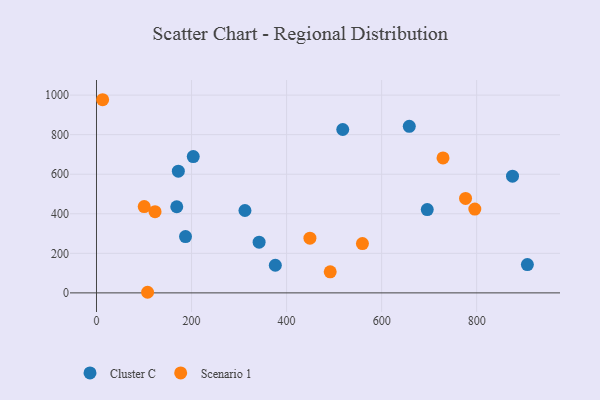
{"axis": {"x": "Speed", "y": "Profit"}, "legend": ["Cluster C", "Scenario 1"], "data": [{"x": "312.4", "y": 416.7, "type": "Cluster C"}, {"x": "906.7", "y": 143.1, "type": "Cluster C"}, {"x": "696.0", "y": 421.4, "type": "Cluster C"}, {"x": "172.2", "y": 615.3, "type": "Cluster C"}, {"x": "376.3", "y": 139.8, "type": "Cluster C"}, {"x": "203.6", "y": 689.4, "type": "Cluster C"}, {"x": "518.2", "y": 826.1, "type": "Cluster C"}, {"x": "342.2", "y": 256.6, "type": "Cluster C"}, {"x": "875.4", "y": 589.9, "type": "Cluster C"}, {"x": "658.2", "y": 842.4, "type": "Cluster C"}, {"x": "187.3", "y": 284.7, "type": "Cluster C"}, {"x": "168.9", "y": 435.5, "type": "Cluster C"}, {"x": "491.8", "y": 106.6, "type": "Scenario 1"}, {"x": "729.2", "y": 682.5, "type": "Scenario 1"}, {"x": "123.2", "y": 410.8, "type": "Scenario 1"}, {"x": "796.1", "y": 423.7, "type": "Scenario 1"}, {"x": "449.1", "y": 276.7, "type": "Scenario 1"}, {"x": "107.5", "y": 3.1, "type": "Scenario 1"}, {"x": "100.4", "y": 436.2, "type": "Scenario 1"}, {"x": "776.6", "y": 477.4, "type": "Scenario 1"}, {"x": "559.6", "y": 249.3, "type": "Scenario 1"}, {"x": "12.9", "y": 976.7, "type": "Scenario 1"}]}